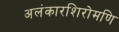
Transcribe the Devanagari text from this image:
अलंकारशिरोमणि